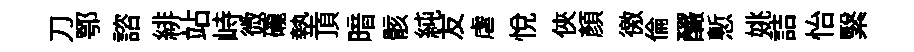
刀鄂諮緋站峙微礲墊頂暗骸純友虐悦俠顏徼倫釅慙姚詰怡繄